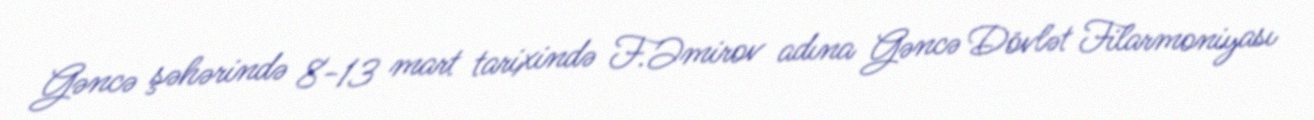
Gəncə şəhərində 8-13 mart tarixində F.Əmirov adına Gəncə Dövlət Filarmoniyası